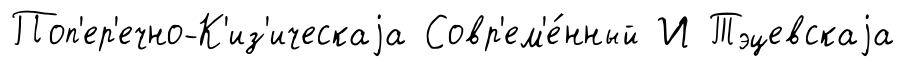
Поп'ер'ечно-К'из'ическаjа Совр'ем'е́нный И Тэцевскаjа